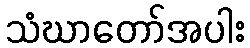
သံဃာတော်အပါး